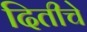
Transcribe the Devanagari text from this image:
दितीचे